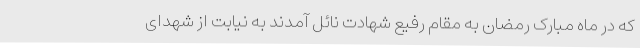
که در ماه مبارک رمضان به مقام رفیع شهادت نائل آمدند به نیابت از شهدای